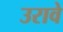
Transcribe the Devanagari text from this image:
उरावे